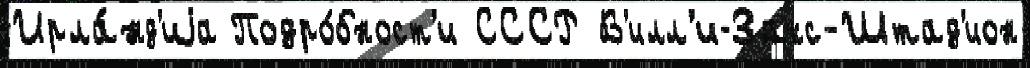
Ирла́нд'иjа Подро́бност'и СССР В'илл'и-Захс-Штад'ион